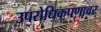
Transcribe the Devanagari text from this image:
उपरोधिकपणावर